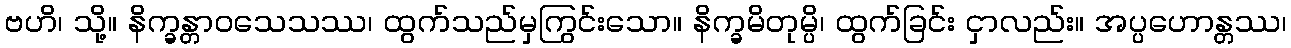
ဗဟိ၊ သို့။ နိက္ခန္တာဝသေသဿ၊ ထွက်သည်မှကြွင်းသော။ နိက္ခမိတုမ္ပိ၊ ထွက်ခြင်း ငှာလည်း။ အပ္ပဟောန္တဿ၊